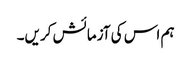
ہم اس کی آزمائش کریں۔